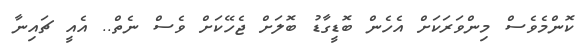
ކޮންމެވެސް މިންވަރަކަށް އެހެން ބޮޑީގާޑު ބޮލަށް ޖެހޭކަށް ވެސް ނެތް.. އެއީ ޗައިނާ